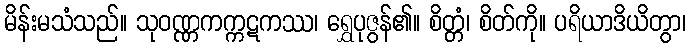
မိန်းမသံသည်။ သုဝဏ္ဏကက္ကဋကဿ၊ ရွှေပုဇွန်၏။ စိတ္တံ၊ စိတ်ကို။ ပရိယာဒိယိတွာ၊